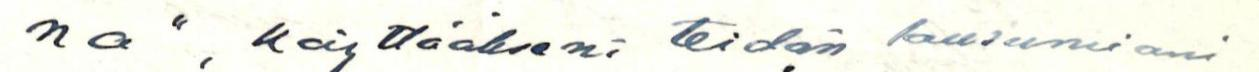
na", käyttääkseni teidän lausumiani